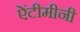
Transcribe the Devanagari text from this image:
ऐंटीमीनी